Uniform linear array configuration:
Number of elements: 16
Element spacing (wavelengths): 0.75
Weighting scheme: blackman
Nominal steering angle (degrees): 0
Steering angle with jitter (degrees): -1.864
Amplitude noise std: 0.05
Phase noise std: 0.05

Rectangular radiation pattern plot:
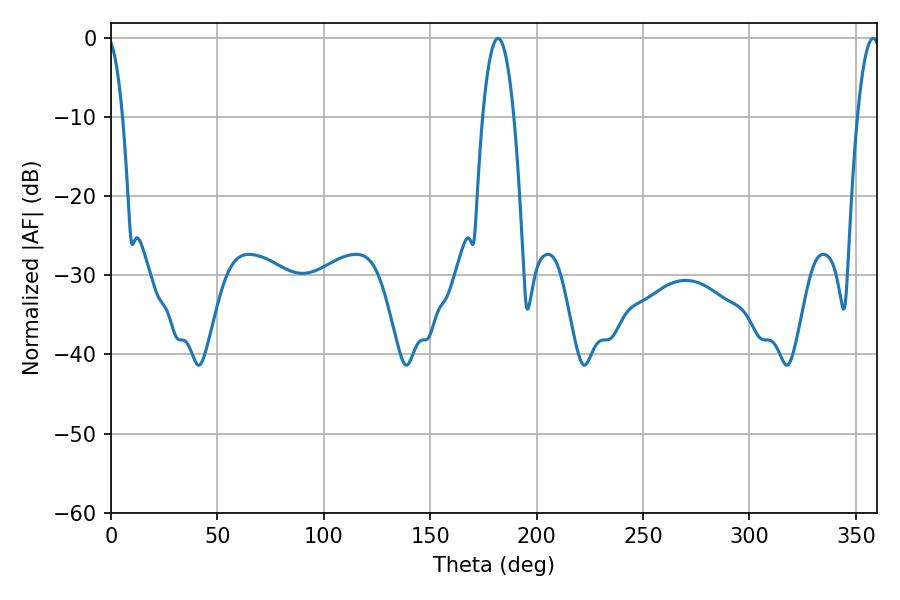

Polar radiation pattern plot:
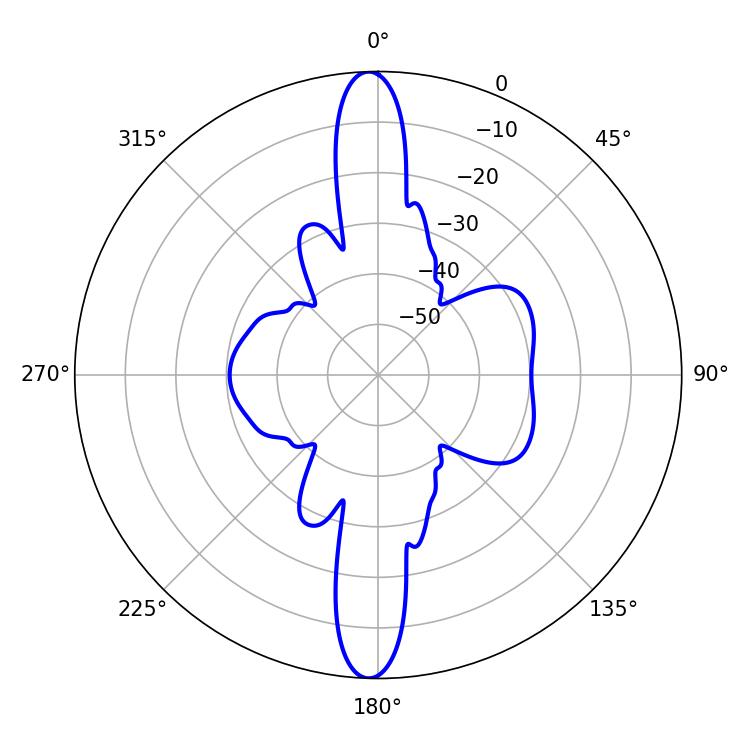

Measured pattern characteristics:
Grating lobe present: TRUE
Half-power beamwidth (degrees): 8.1
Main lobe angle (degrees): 181.8